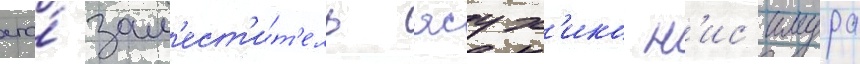
его́ зам'ест'и́т'ель ясух'ико н'ис'имура